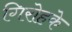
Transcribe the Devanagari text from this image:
गिरोहके